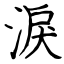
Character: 淚